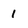
Character: 1